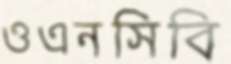
ওএনসিবি